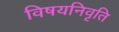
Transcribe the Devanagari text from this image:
विषयनिवृति